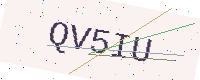
Text: QV5IU